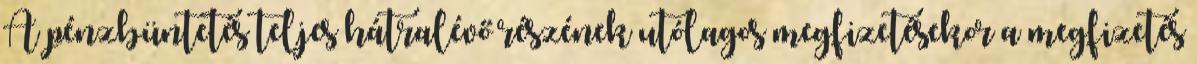
A pénzbüntetés teljes hátralévő részének utólagos megfizetésekor a megfizetés